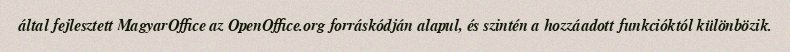
által fejlesztett MagyarOffice az OpenOffice.org forráskódján alapul, és szintén a hozzáadott funkcióktól különbözik.